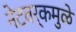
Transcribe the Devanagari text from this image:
नेटवर्कमुळे